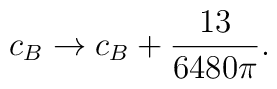
c_{B} \rightarrow c_{B}+ \frac {13}{6480\pi}.